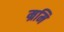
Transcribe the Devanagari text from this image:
म्रमि